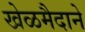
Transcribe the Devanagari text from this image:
खेळमैदाने